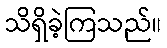
သိရှိခဲ့ကြသည်။